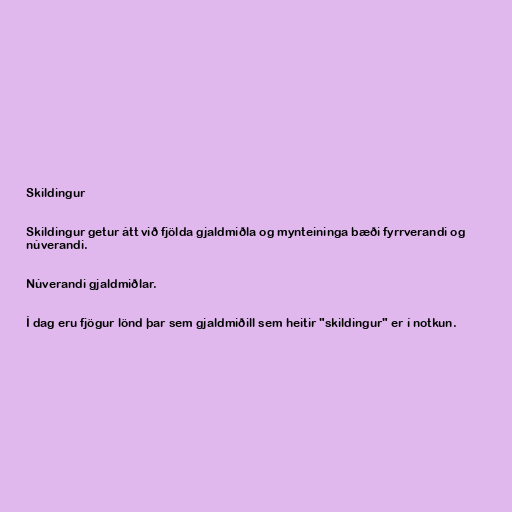
Skildingur

Skildingur getur átt við fjölda gjaldmiðla og mynteininga bæði fyrrverandi og
núverandi.

Núverandi gjaldmiðlar.

Í dag eru fjögur lönd þar sem gjaldmiðill sem heitir "skildingur" er í notkun.